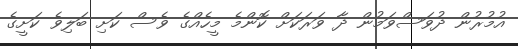
އުމުރުން ދުވަސްވަމުން ދާ ވަރަކަށް ކޮންމެ މީހެއްގެ ވެސް ކަށި ބަލިވެ ކަށީގެ